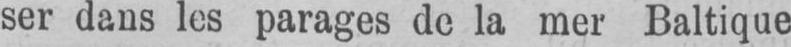
ser dans les parages de la mer Baltique